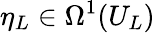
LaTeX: \eta_{L}\in\Omega^{1}(U_{L})